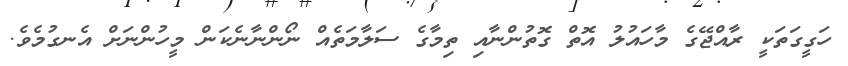
ހަގީގަތަކީ ރާއްޖޭގެ މާހައުލު އޮތް ގޮތުންނާއި ތިމާގެ ސަލާމަތެއް ނޯންނާނެކަން މީހުންނަށް އެނގުމެވެ.